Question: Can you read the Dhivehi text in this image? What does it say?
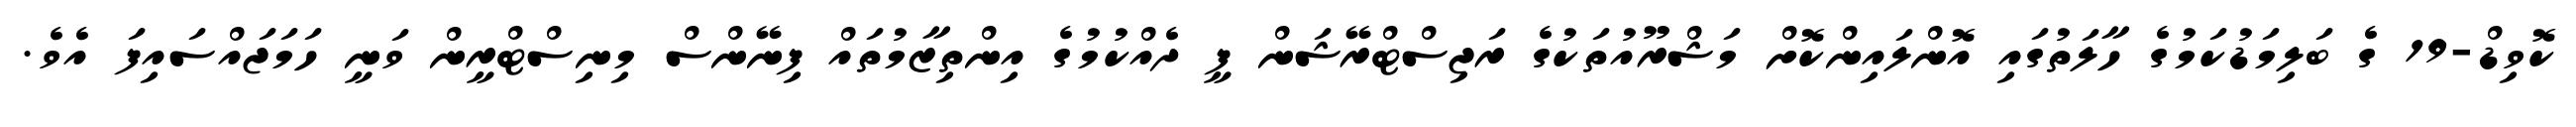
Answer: ކޮވިޑް-19 ގެ ބަލިމަޑުކަމުގެ ހާލަތުގައި އޮންލައިންކޮށް މަޝްރޫއުތަކުގެ ރަޖިސްޓްރޭޝަން ފީ ދެއްކުމުގެ އިންތިޒާމުތައް ފިނޭންސް މިނިސްޓްރީން ވަނީ ހަމަޖައްސައިފަ އެވެ.